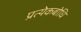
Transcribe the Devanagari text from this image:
प्रत्येकबोधि